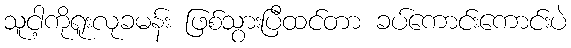
သူငါ့ကိုရူးလုခမန်း ဖြစ်သွားပြီထင်တာ ခပ်ကောင်းကောင်းပဲ